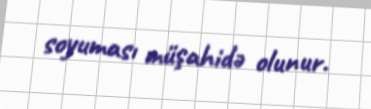
soyuması müşahidə olunur.